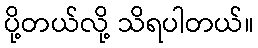
ပို့တယ်လို့ သိရပါတယ်။